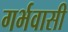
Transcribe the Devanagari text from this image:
गर्भवासी